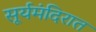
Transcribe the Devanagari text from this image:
सूर्यमंदिरात